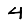
Digit: 4